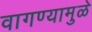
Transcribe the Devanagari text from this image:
वागण्यामुळे